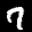
Label: 7